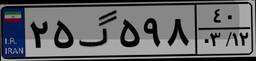
۲۵گ۵۹۸۴۰